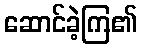
ဆောင်ခဲ့ကြ၏